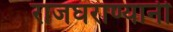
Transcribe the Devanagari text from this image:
राजघराण्यानी